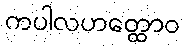
ကပါလဟတ္ထောဝ